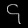
Digit: ၄